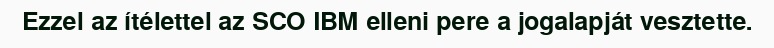
Ezzel az ítélettel az SCO IBM elleni pere a jogalapját vesztette.